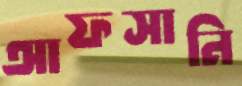
আফসানি